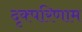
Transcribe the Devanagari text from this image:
दृक्परिणाम